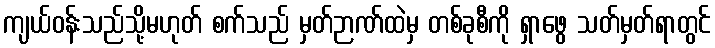
ကျယ်ဝန်းသည်သို့မဟုတ် စက်သည် မှတ်ဉာဏ်ထဲမှ တစ်ခုစီကို ရှာဖွေ သတ်မှတ်ရာတွင်